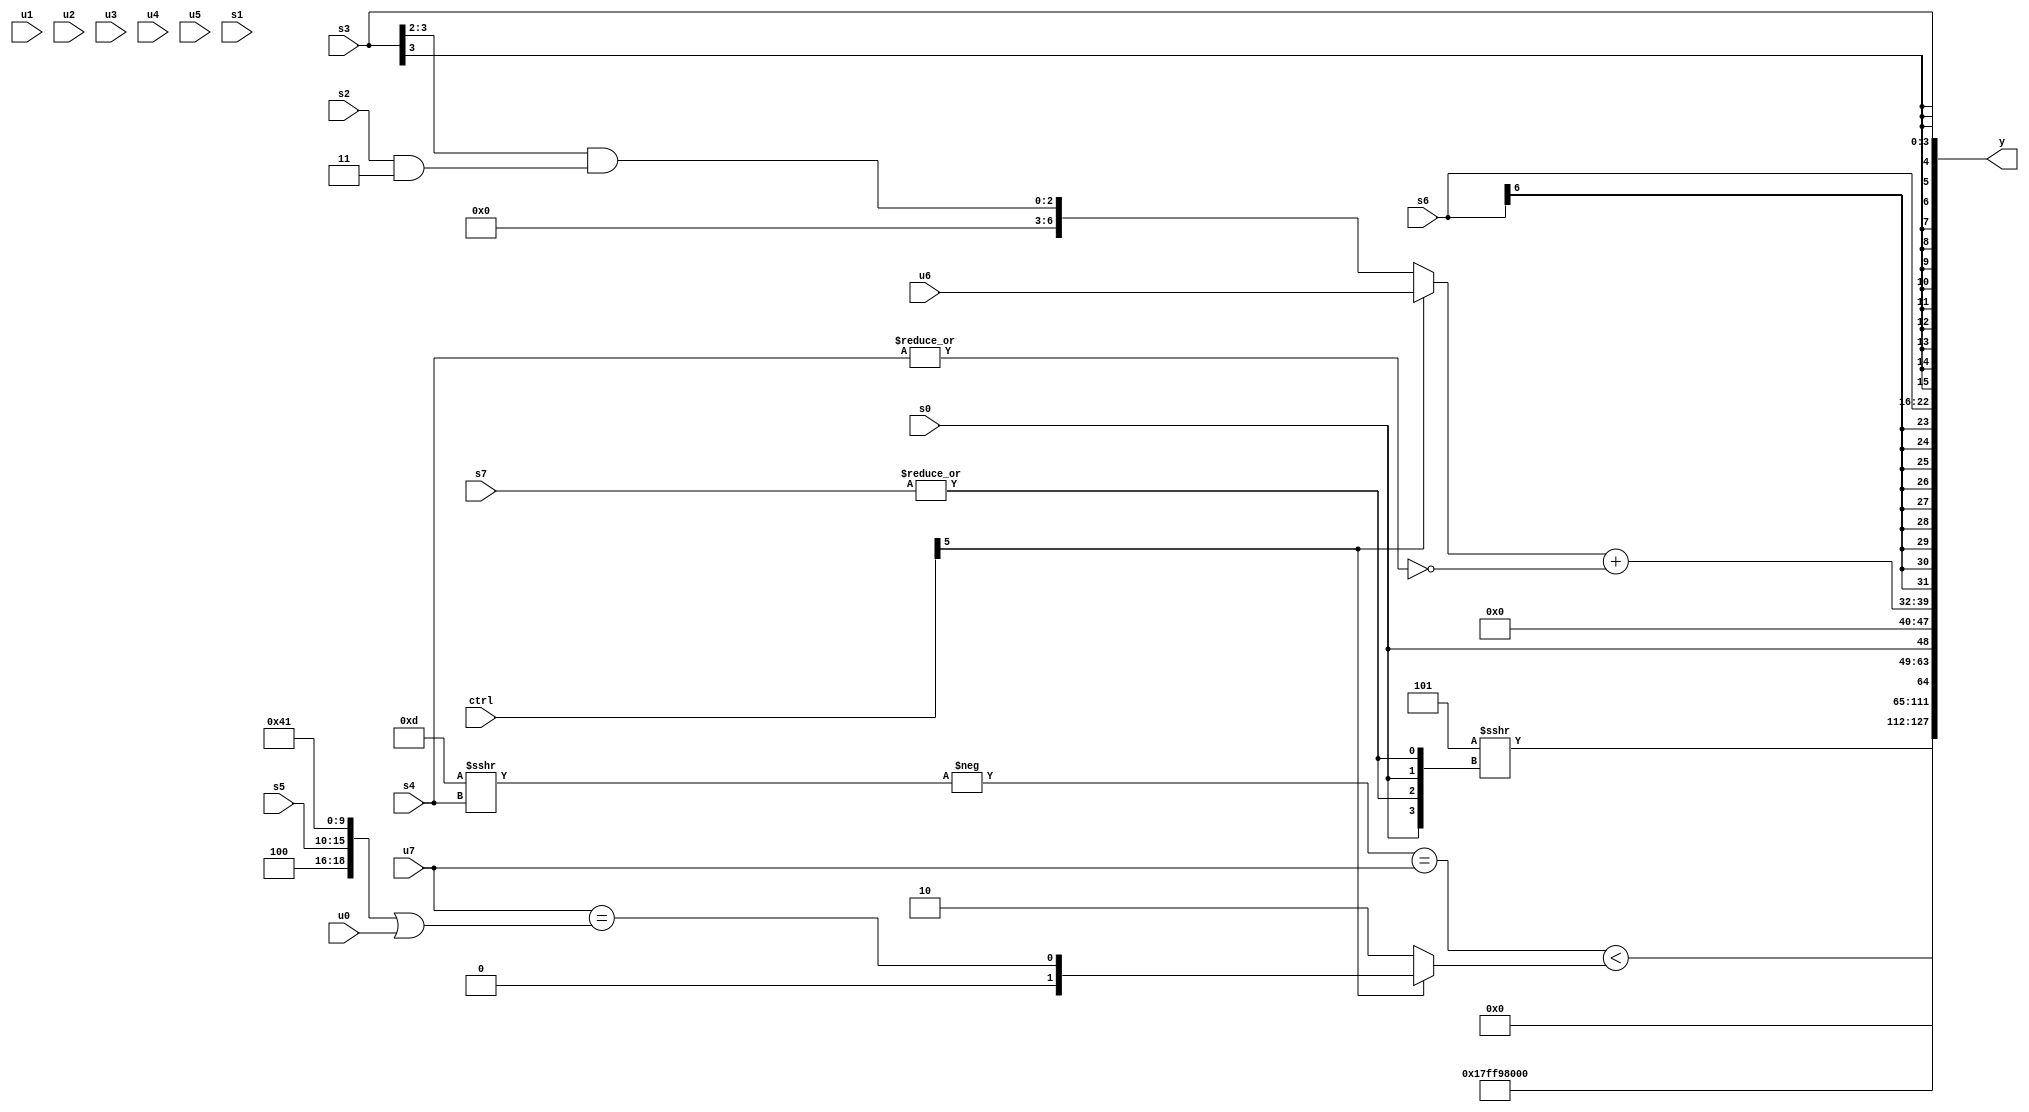
module wideexpr_00641(ctrl, u0, u1, u2, u3, u4, u5, u6, u7, s0, s1, s2, s3, s4, s5, s6, s7, y);
  input [7:0] ctrl;
  input [0:0] u0;
  input [1:0] u1;
  input [2:0] u2;
  input [3:0] u3;
  input [4:0] u4;
  input [5:0] u5;
  input [6:0] u6;
  input [7:0] u7;
  input signed [0:0] s0;
  input signed [1:0] s1;
  input signed [2:0] s2;
  input signed [3:0] s3;
  input signed [4:0] s4;
  input signed [5:0] s5;
  input signed [6:0] s6;
  input signed [7:0] s7;
  output [127:0] y;
  wire [15:0] y0;
  wire [15:0] y1;
  wire [15:0] y2;
  wire [15:0] y3;
  wire [15:0] y4;
  wire [15:0] y5;
  wire [15:0] y6;
  wire [15:0] y7;
  assign y = {y0,y1,y2,y3,y4,y5,y6,y7};
  assign y0 = (3'b101)>>>({2{{{s0},|(s7)}}});
  assign y1 = 5'sb00010;
  assign y2 = (5'b01100)^~(({$signed(3'sb001)})>>>(6'sb001000));
  assign y3 = ((-($signed((5'sb01101)>>>(s4))))==($signed(u7)))<((ctrl[5]?(u7)==(({3'sb100,s5,5'sb00010,5'sb00001})|(u0)):3'sb010));
  assign y4 = {s0};
  assign y5 = ($signed(+($signed((ctrl[5]?+(u6):(((s3)>>>(2'sb10))>>>(~|(4'sb1101)))&(($signed(s2))&($signed(2'sb11))))))))+(~|(s4));
  assign y6 = s6;
  assign y7 = s3;
endmodule